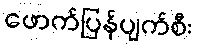
ဖောက်ပြန်ပျက်စီး